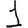
Digit: 1